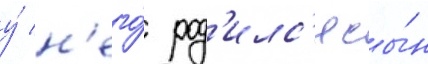
у́ н'его́ род'илс'я сы́н